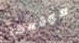
موقعها